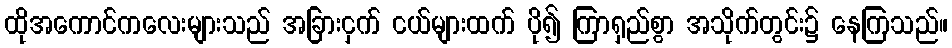
ထိုအကောင်ကလေးများသည် အခြားငှက် ငယ်များထက် ပို၍ ကြာရှည်စွာ အသိုက်တွင်း၌ နေကြသည်။